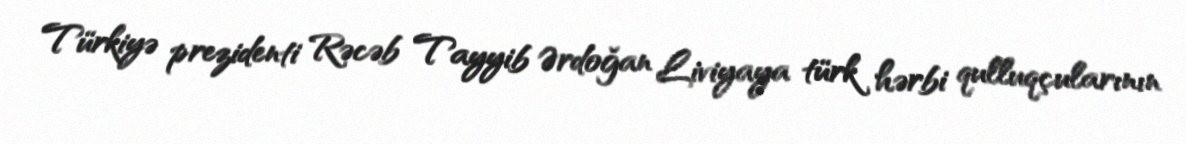
Türkiyə prezidenti Rəcəb Tayyib Ərdoğan Liviyaya türk hərbi qulluqçularının